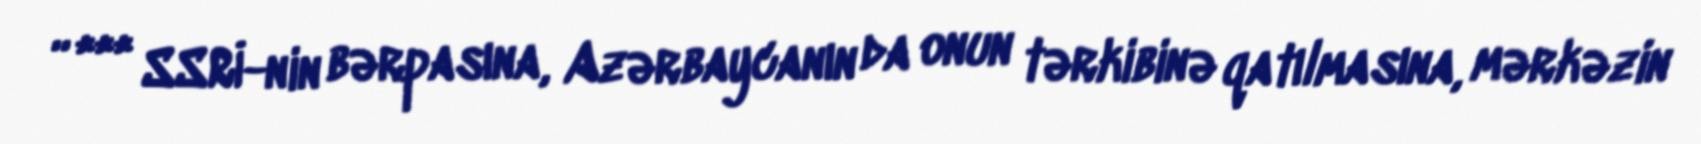
” *** SSRİ-nin bərpasına, Azərbaycanın da onun tərkibinə qatılmasına, mərkəzin